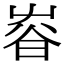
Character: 𡴜